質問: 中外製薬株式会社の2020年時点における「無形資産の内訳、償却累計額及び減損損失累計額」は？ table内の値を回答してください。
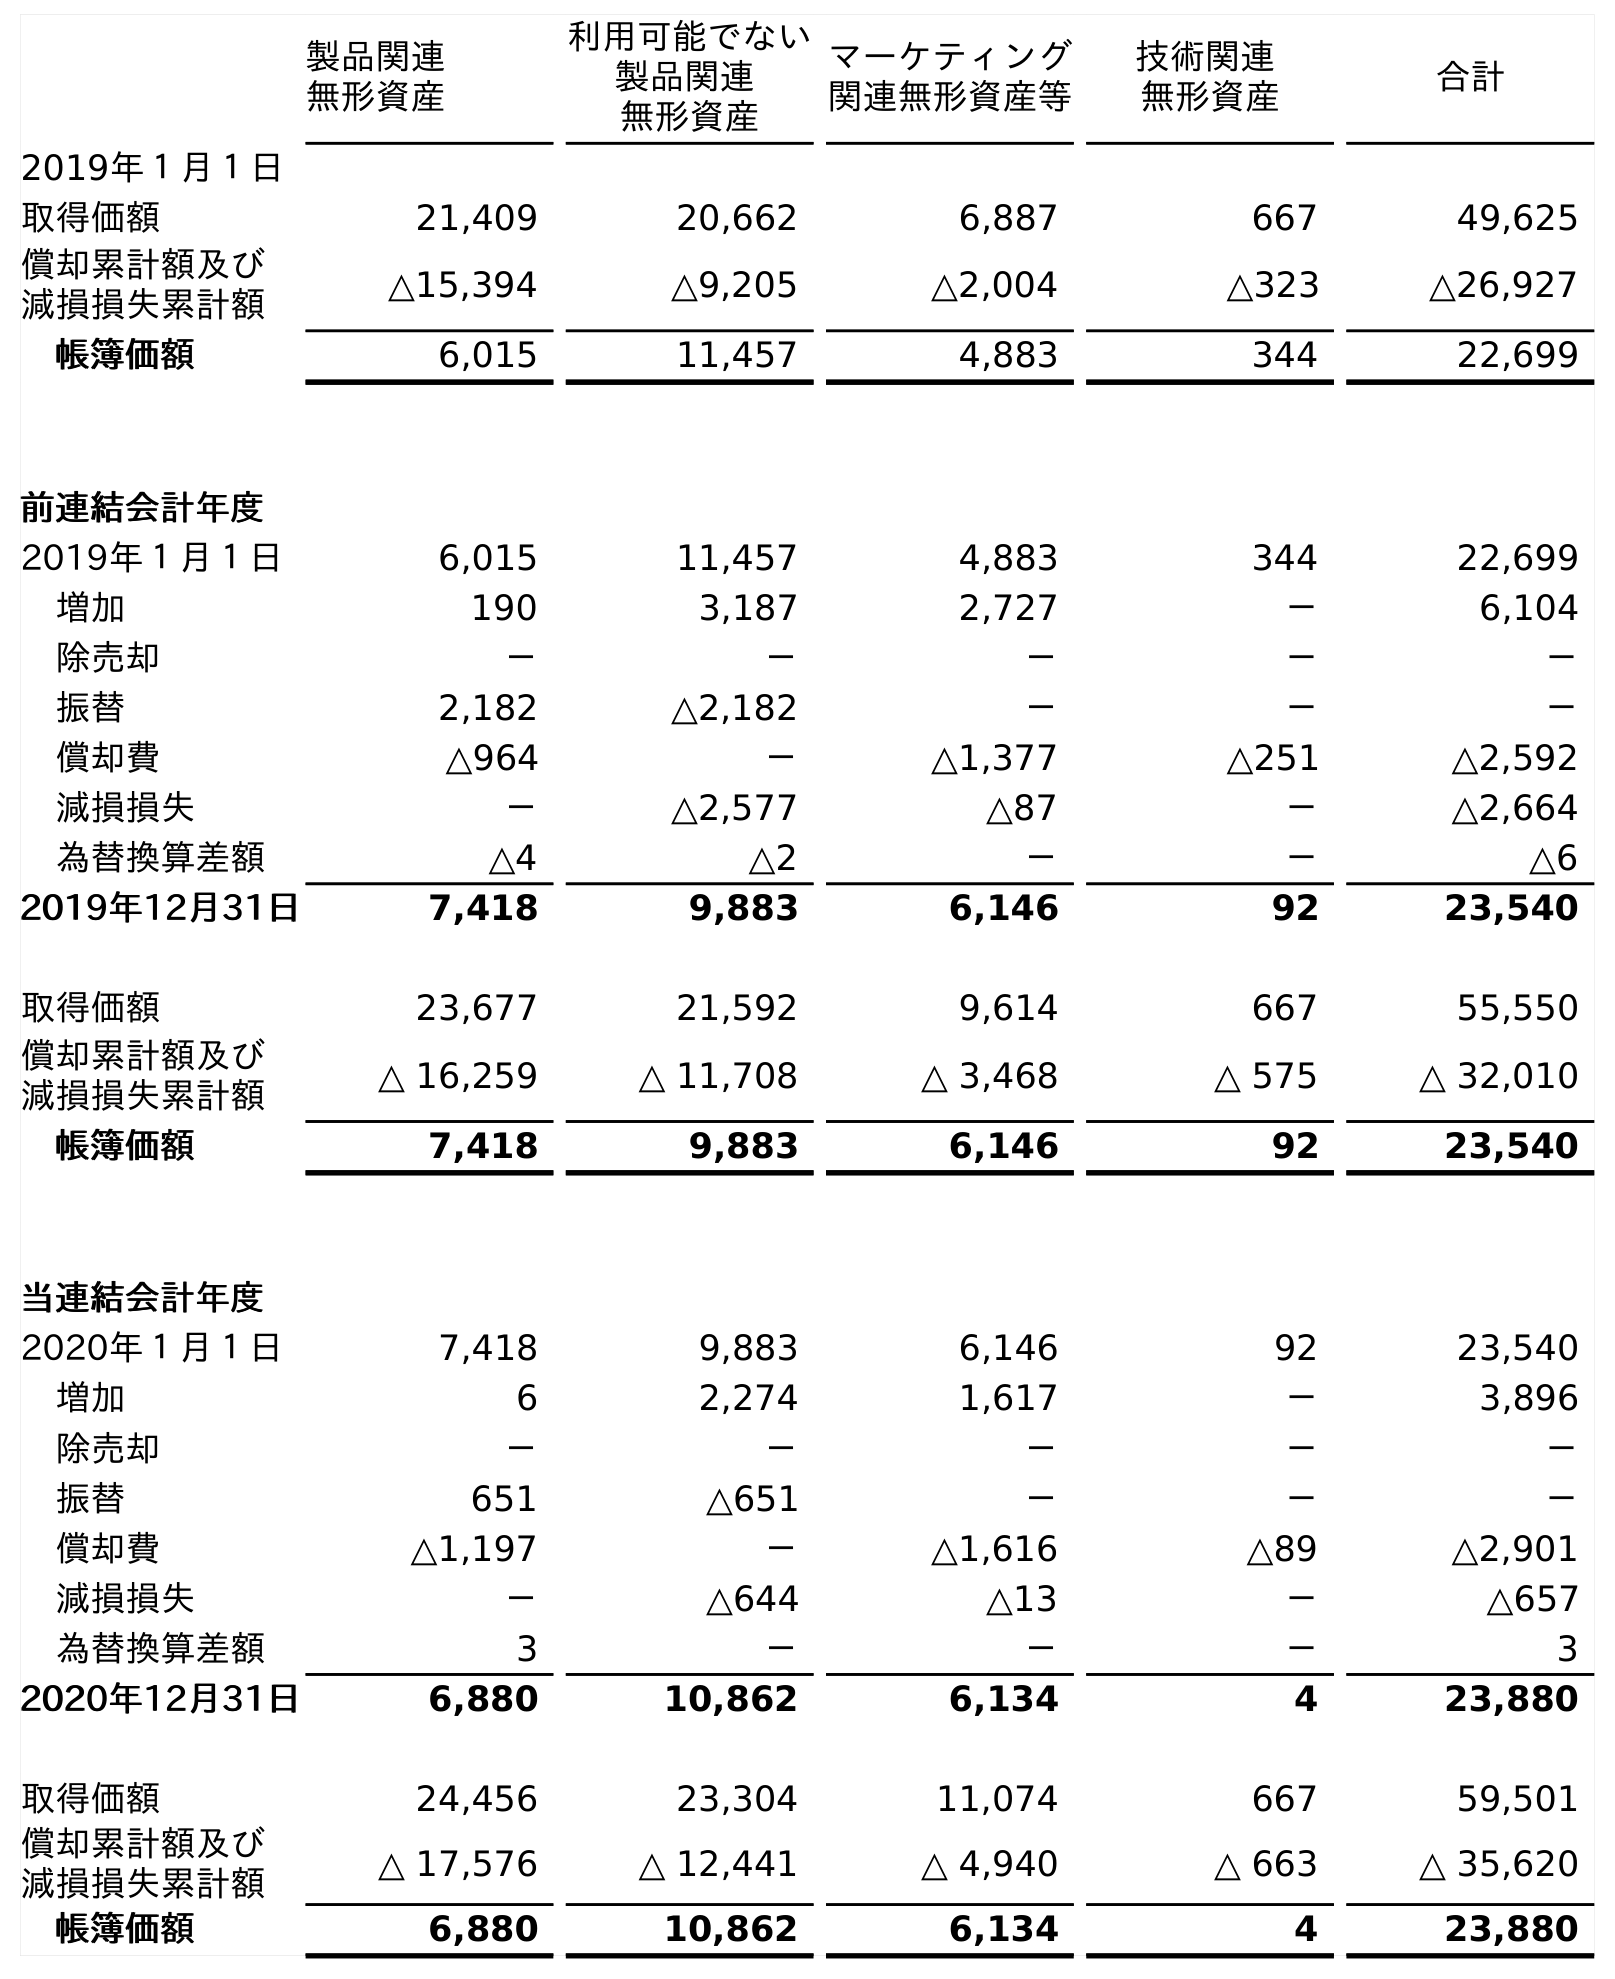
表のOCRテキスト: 製品関連 無形資産 利用可能でない 製品関連 無形資産 マーケティング 関連無形資産等 技術関連 無形資産 合計 2019年１月１日 取得価額 21,409 20,662 6,887 667 49,625 償却累計額及び 減損損失累計額 △15,394 △9,205 △2,004 △323 △26,927 帳簿価額 6,015 11,457 4,883 344 22,699 前連結会計年度 2019年１月１日 6,015 11,457 4,883 344 22,699 増加 190 3,187 2,727 － 6,104 除売却 － － － － － 振替 2,182 △2,182 － － － 償却費 △964 － △1,377 △251 △2,592 減損損失 － △2,577 △87 － △2,664 為替換算差額 △4 △2 － － △6 2019年12月31日 7,418 9,883 6,146 92 23,540 取得価額 23,677 21,592 9,614 667 55,550 償却累計額及び 減損損失累計額 △ 16,259 △ 11,708 △ 3,468 △ 575 △ 32,010 帳簿価額 7,418 9,883 6,146 92 23,540 当連結会計年度 2020年１月１日 7,418 9,883 6,146 92 23,540 増加 6 2,274 1,617 － 3,896 除売却 － － － － － 振替 651 △651 － － － 償却費 △1,197 － △1,616 △89 △2,901 減損損失 － △644 △13 － △657 為替換算差額 3 － － － 3 2020年12月31日 6,880 10,862 6,134 4 23,880 取得価額 24,456 23,304 11,074 667 59,501 償却累計額及び 減損損失累計額 △ 17,576 △ 12,441 △ 4,940 △ 663 △ 35,620 帳簿価額 6,880 10,862 6,134 4 23,880
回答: △35,620